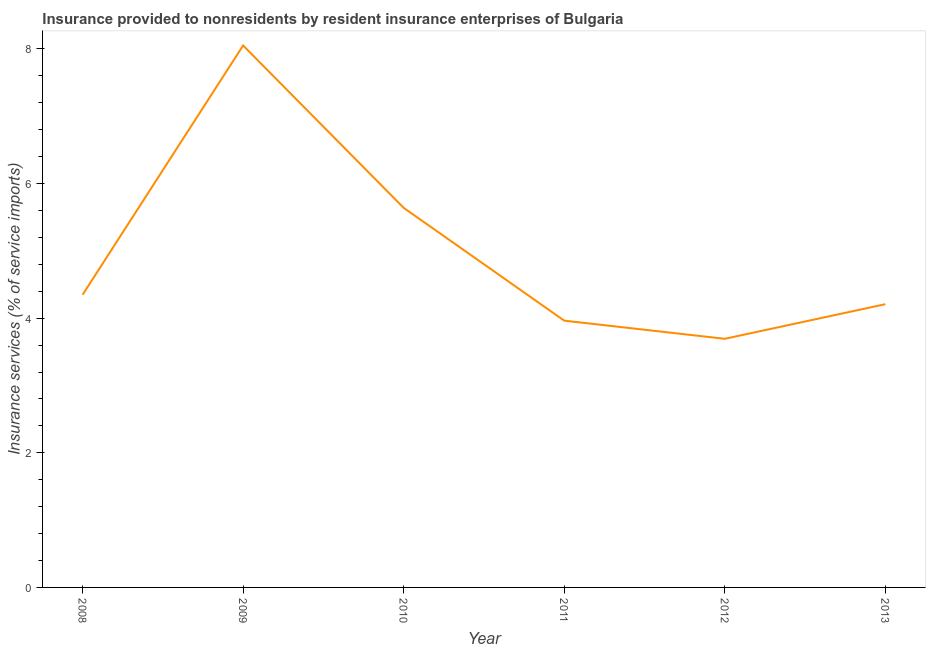
| Year | Insurance and financial services |
 | --- | --- |
 | 2008 | 4.35 |
 | 2009 | 8.05 |
 | 2010 | 5.64 |
 | 2011 | 3.96 |
 | 2012 | 3.69 |
 | 2013 | 4.21 |